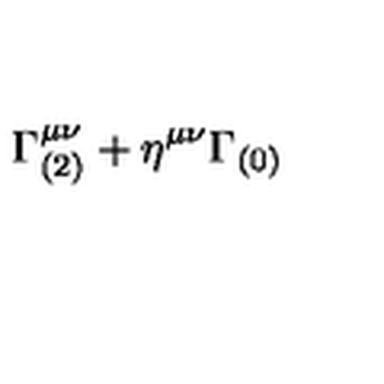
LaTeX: \Gamma _ { ( 2 ) } ^ { \mu \nu } + \eta ^ { \mu \nu } \Gamma _ { ( 0 ) }